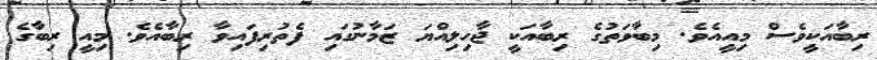
ރިބާއަކީވެސް މިއީއެވެ. މިބާވަތުގެ ރިބާއަކީ ޖާހިލިއްޔަ ޒަމާނުގައި ފެތުރިފައިވާ ރިބާއެވެ. މިއީ ރިބާގެ